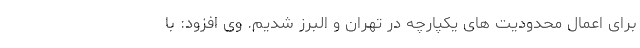
برای اعمال محدودیت های یکپارچه در تهران و البرز شدیم. وی افزود: با